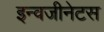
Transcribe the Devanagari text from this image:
इन्वजीनेटस